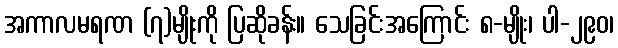
အကာလမရဏ (၇)မျိုးကို ပြဆိုခန်း။ သေခြင်းအကြောင်း ၈-မျိုး၊ ပါ-၂၉၀၊